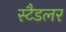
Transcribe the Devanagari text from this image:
स्टैडलर